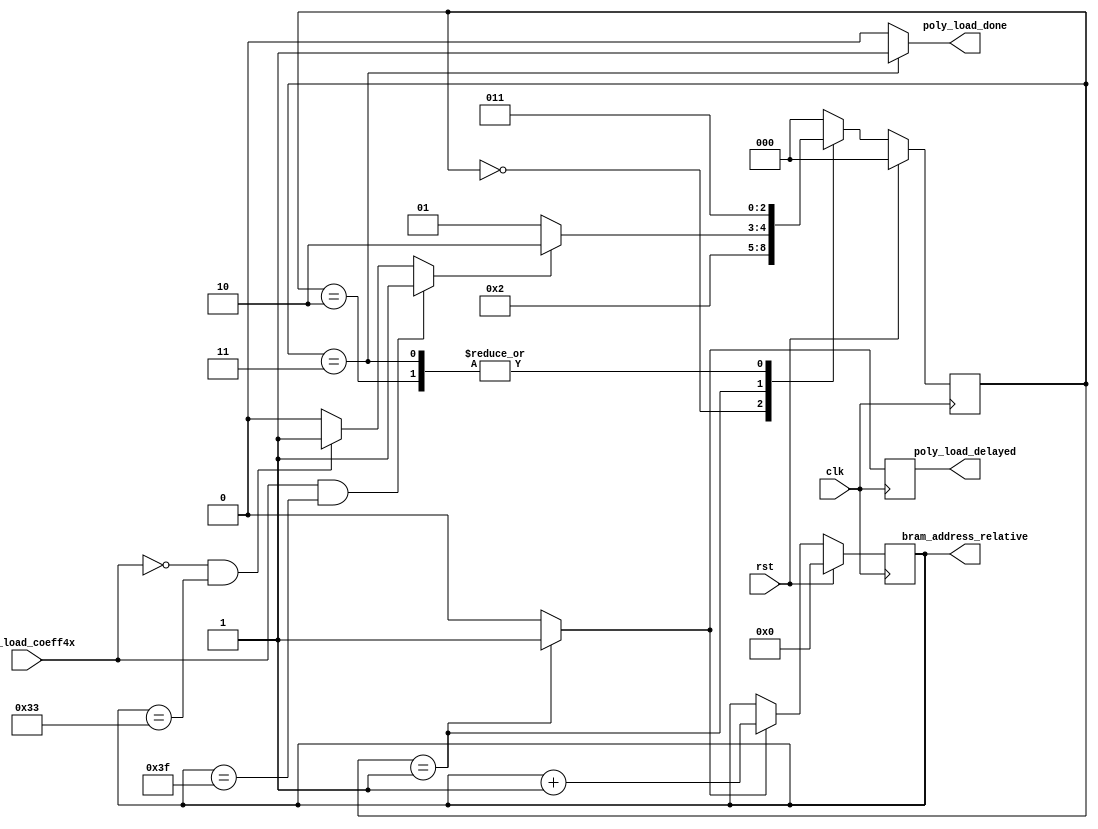
`timescale 1ns / 1ps
//////////////////////////////////////////////////////////////////////////////////
// Company: 
// Engineer: 
// 
// Design Name: 
// Module Name:    poly_load_control_BRAM 
// Project Name: 
// Target Devices: 
// Tool versions: 
// Description: 
//
// Dependencies: 
//
// Revision: 
// Revision 0.01 - File Created
// Additional Comments: 
//
//////////////////////////////////////////////////////////////////////////////////
module poly_load_control_BRAM(clk, rst, pol_load_coeff4x,
						bram_address_relative, poly_load_delayed, poly_load_done);
input clk, rst;
input pol_load_coeff4x; // If 1 then input data contains 4 uint16_t coefficients
output [5:0] bram_address_relative;
output reg poly_load_delayed;
output poly_load_done;

reg [2:0] state, nextstate;
reg [5:0] poly_word_counter;
wire poly_word_counter_end;
reg poly_load;

always @(posedge clk)
	poly_load_delayed <= poly_load;

assign bram_address_relative = poly_word_counter;
	
always @(posedge clk)
begin
	if(rst)
		poly_word_counter<=6'd0;
	else if(poly_load)
		poly_word_counter<=poly_word_counter+1'b1;
	else
		poly_word_counter<=poly_word_counter;
end
assign poly_word_counter_end = (pol_load_coeff4x==1'b1 && poly_word_counter==6'd63) ? 1'b1 : (pol_load_coeff4x==1'b0 && poly_word_counter==6'd51) ? 1'b1 : 1'b0;
		
always @(posedge clk)
begin
	if(rst)
		state <= 3'd0;
	else
		state <= nextstate;
end

always @(state)
begin
	case(state)
	3'd0: begin
				poly_load<=1'b0;
			end
	3'd1: begin // Increment BRAM address and write poly 64 bits
				poly_load<=1'b1;
			end
	3'd2: begin
				poly_load<=1'b0;
			end
	3'd3: begin
				poly_load<=1'b0;
			end			
	default: begin
				poly_load<=1'b0;
			end
	endcase
end	

always @(state or poly_word_counter_end)
begin
	case(state)
	3'd0: nextstate <= 3'd1;
	3'd1: begin
				if(poly_word_counter_end)
					nextstate <= 3'd2;
				else
					nextstate <= 3'd1;
			end			
	3'd2: nextstate <= 3'd3;
	3'd3: nextstate <= 3'd3;
	default: nextstate <= 3'd0;
	endcase
end

wire poly_load_done = (state==3'd3) ? 1'b1 : 1'b0;
endmodule